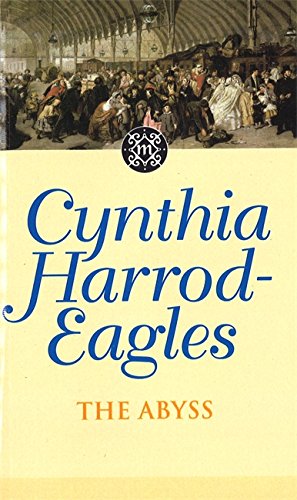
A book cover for The Abyss (Morland Dynasty); Cynthia Harrod-Eagles; Romance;